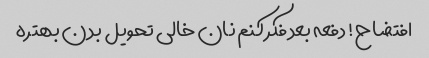
افتضاح! دفعه بعد فکر کنم نان خالی تحویل بدن بهتره